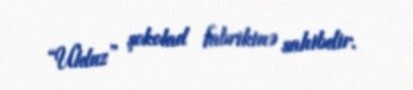
“Ulduz” şokolad fabrikinə sahibdir.